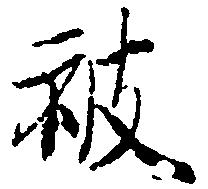
被